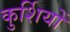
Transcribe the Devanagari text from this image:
कुर्शियों